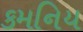
કમનિય